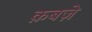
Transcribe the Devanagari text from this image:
क़बज़े